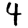
Digit: 4